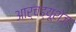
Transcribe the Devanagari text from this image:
आर्चड्यूशेज़